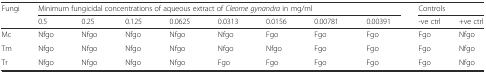
| <ROWSPAN=2> Fungi | <COLSPAN=8> Minimum fungicidal concentrations of aqueous extract of Cleome gynandra in mg/ml | <COLSPAN=2> Controls |
 | 0.5 | 0.25 | 0.125 | 0.0625 | 0.0313 | 0.0156 | 0.00781 | 0.00391 | -ve ctrl | +ve ctrl |
 | --- | --- | --- | --- | --- | --- | --- | --- | --- | --- | --- |
 | Mc | Nfgo | Nfgo | Nfgo | Nfgo | Nfgo | Fgo | Fgo | Fgo | Fgo | Nfgo |
 | Tm | Nfgo | Nfgo | Nfgo | Nfgo | Nfgo | Nfgo | Fgo | Fgo | Fgo | Nfgo |
 | Tr | Nfgo | Nfgo | Nfgo | Nfgo | Fgo | Fgo | Fgo | Fgo | Fgo | Nfgo |